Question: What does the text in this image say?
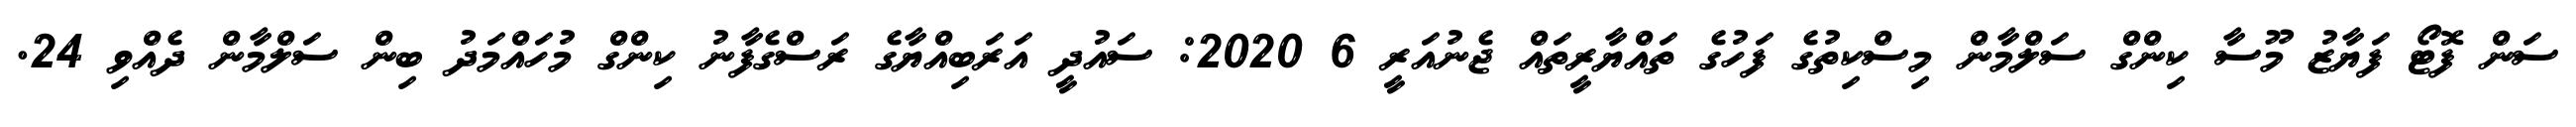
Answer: ސަން ފޮޓޯ ފަޔާޒު މޫސާ ކިންގް ސަލްމާން މިސްކިތުގެ ފަހުގެ ތައްޔާރީތައް ޖެނުއަރީ 6 2020: ސައުދީ އަރަބިއްޔާގެ ރަސްގެފާނު ކިންގް މުހައްމަދު ބިން ސަލްމާން ދެއްވި 24.